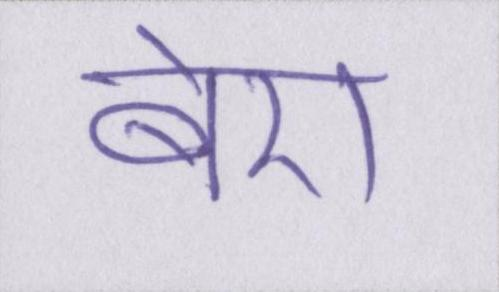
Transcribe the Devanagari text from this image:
बेरा